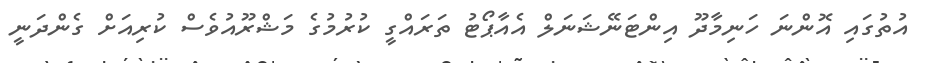
އުތުގައި އޮންނަ ހަނިމާދޫ އިންޓަނޭޝަނަލް އެއާޕޯޓު ތަރައްގީ ކުރުމުގެ މަޝްރޫއުވެސް ކުރިއަށް ގެންދަނީ